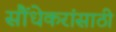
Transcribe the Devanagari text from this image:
सौंधेकरांसाठी